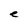
Character: e